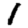
Digit: 1